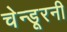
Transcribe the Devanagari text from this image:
चेन्डूरनी